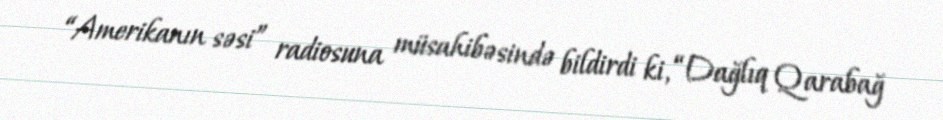
“Amerikanın səsi” radiosuna müsahibəsində bildirdi ki, “Dağlıq Qarabağ